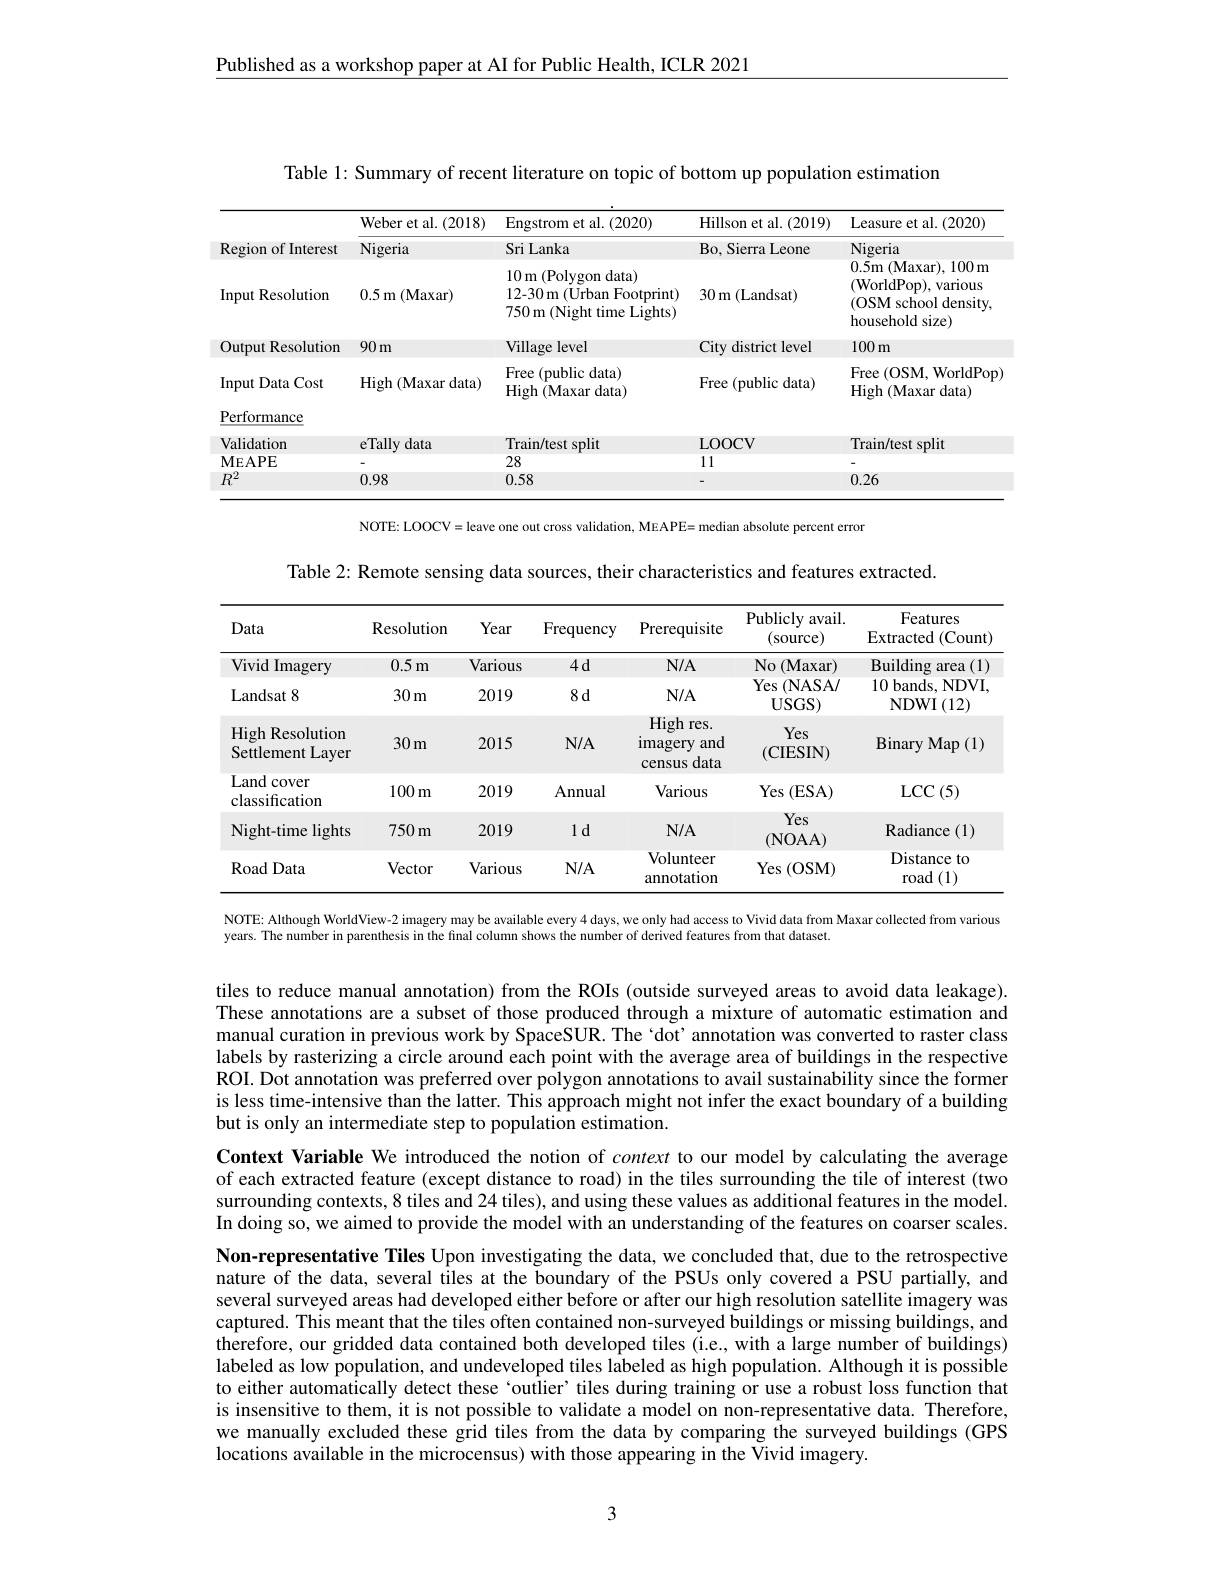
Published as a workshop paper at AI for Public Health, ICLR 2021

Table 1: Summary of recent literature on topic of bottom up population estimation

<table>
	<tbody>
		<tr>
			<th> </th>
			<th>Weber et al. (2018)</th>
			<th>Engstrom et al. (2020)</th>
			<th>Hillson et al. (2019)</th>
			<th>Leasure et al. (2020)</th>
		</tr>
		<tr>
			<td>Region of Interest</td>
			<td>Nigeria</td>
			<td>Sri Lanka</td>
			<td>Bo, Sierra Leone</td>
			<td>Nigeria</td>
		</tr>
		<tr>
			<td>Input Resolution</td>
			<td>0.5m(Maxar)</td>
			<td>10m(Polygon data) 12-30 m (Urban Footprint) 750 m (Night time Lights)</td>
			<td>30m(Landsat)</td>
			<td>0.5m(Maxar),100m (WorldPop),various (OSM school density, household size)</td>
		</tr>
		<tr>
			<td>Output Resolution</td>
			<td>$90m$</td>
			<td>Village level</td>
			<td>City district level</td>
			<td>$100m$</td>
		</tr>
		<tr>
			<td>Input Data Cost</td>
			<td>High (Maxar data)</td>
			<td>Free (public data) High (Maxar data)</td>
			<td>Free (public data)</td>
			<td>Free (OSM, WorldPop) High (Maxar data)</td>
		</tr>
		<tr>
			<td>Performance</td>
			<td> </td>
			<td> </td>
			<td> </td>
			<td> </td>
		</tr>
		<tr>
			<td>Validation</td>
			<td>eTally data</td>
			<td>Train/test split</td>
			<td>LOOCV</td>
			<td>Train/test split</td>
		</tr>
		<tr>
			<td>$\mathbf{MEAPE}$</td>
			<td> </td>
			<td>28</td>
			<td>11</td>
			<td> </td>
		</tr>
		<tr>
			<td>$R^2$</td>
			<td>0.98</td>
			<td>0.58</td>
			<td> </td>
			<td>0.26</td>
		</tr>
	</tbody>
</table>
NOTE: LOOCV= leave one out cross validation, MEAPE= median absolute percent error

Table 2: Remote sensing data sources, their characteristics and features extracted.

<table>
	<tbody>
		<tr>
			<th>Data</th>
			<th>Resolution</th>
			<th>Year</th>
			<th>Frequency</th>
			<th>Prerequisite</th>
			<th>${\mathrm{Publicly}}$ avail. $\frac{1}{2}$ (source)</th>
			<th>Features Extracted (Count)</th>
		</tr>
		<tr>
			<td>Vivid Imagery</td>
			<td>$0.5m$</td>
			<td>Various</td>
			<td>$4d$</td>
			<td>$N/A$</td>
			<td>No (Maxar)</td>
			<td>Building area .(1)</td>
		</tr>
		<tr>
			<td>Landsat 8</td>
			<td>$30m$</td>
			<td>2019</td>
			<td>$8d$</td>
			<td>$N/A$</td>
			<td>Yes $(\mathbf{NASA/}$ T $IISGS)$</td>
			<td>10 bands, NDVI. NIT 112</td>
		</tr>
		<tr>
			<td>High Resolution Settlement Layer</td>
			<td>$30m$</td>
			<td>2015</td>
			<td>$N/A$</td>
			<td>High res. imagery and s data census</td>
			<td>Yes $(\mathbf{CIESIN})$</td>
			<td>$\operatorname{Binary}\operatorname{Map}(1)$</td>
		</tr>
		<tr>
			<td>Land cover 1 1 classification</td>
			<td>$100m$</td>
			<td>2019</td>
			<td>Annual</td>
			<td>Various</td>
			<td>Yes ( ESA) </td>
			<td>$\operatorname{LCC}\left(5\right)$</td>
		</tr>
		<tr>
			<td>Night-time lights</td>
			<td>$750m$</td>
			<td>2019</td>
			<td>$1d$</td>
			<td>$N/A$</td>
			<td>Yes (NOAA)</td>
			<td>$\operatorname{Radiance}\left(1\right)$</td>
		</tr>
		<tr>
			<td>$\operatorname{Road}$Data</td>
			<td>Vector</td>
			<td>Various</td>
			<td>$N/A$</td>
			<td>Volunteer annotation</td>
			<td>Yes :(0SM)</td>
			<td>Distance to road 1(1)</td>
		</tr>
	</tbody>
</table>

NOTE: Although WorldView-2 imagery may be available every 4 days, we only had access to Vivid data from Maxar collected from various

years. The number in parenthesis in the final column shows the number of derived features from that dataset.

tiles to reduce manual annotation) from the ROIs (outside surveyed areas to avoid data leakage). These annotations are a subset of those produced through a mixture of automatic estimation and manual curation in previous work by SpaceSUR. The `dot'annotation was converted to raster class labels by rasterizing a circle around each point with the average area of buildings in the respective ROI. Dot annotation was preferred over polygon annotations to avail sustainability since the former is less time-intensive than the latter. This approach might not infer the exact boundary of a building but is only an intermediate step to population estimation.

Context Variable We introduced the notion of context to our model by calculating the average of each extracted feature (except distance to road) in the tiles surrounding the tile of interest (two surrounding contexts, 8 tiles and 24 tiles), and using these values as additional features in the model. In doing so, we aimed to provide the model with an understanding of the features on coarser scales. Non-representative Tiles Upon investigating the data, we concluded that, due to the retrospective nature of the data, several tiles at the boundary of the PSUs only covered a PSU partially, and several surveyed areas had developed either before or after our high resolution satellite imagery was captured. This meant that the tiles often contained non-surveyed buildings or missing buildings, and $\hat{\text{therefore, our gridded data contained both developed tiles (i.e., with a large number of buildings)}}$ labeled as low population, and undeveloped tiles labeled as high population. Although it is possible to either automatically detect these ‘outlier’ tiles during training or use a robust loss function that is insensitive to them, it is not possible to validate a model on non-representative data. Therefore, we manually excluded these grid tiles from the data by comparing the surveyed buildings (GPS locations available in the microcensus) with those appearing in the Vivid imagery.

3